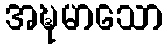
အဍ္ဎမာသော